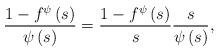
LaTeX: \begin{align*}\frac{1-f^{\psi}\left(s\right)}{\psi\left(s\right)}=\frac{1-f^{\psi}\left(s\right)}{s}\frac{s}{\psi\left(s\right)},\end{align*}